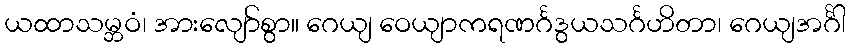
ယထာသမ္ဘဝံ၊ အားလျော်စွာ။ ဂေယျ ဝေယျာကရဏင်္ဂဒွယသင်္ဂဟိတာ၊ ဂေယျအင်္ဂါ